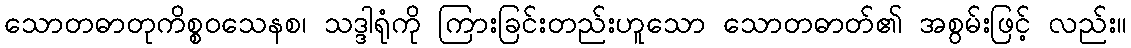
သောတဓာတုကိစ္စဝသေနစ၊ သဒ္ဒါရုံကို ကြားခြင်းတည်းဟူသော သောတဓာတ်၏ အစွမ်းဖြင့် လည်း။